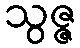
သွဇ္ဇ